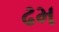
ઢમ